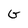
Character: G